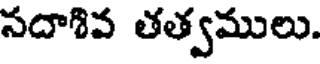
సదాశివ తత్వములు.